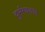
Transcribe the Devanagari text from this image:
दुर्भग्यवश